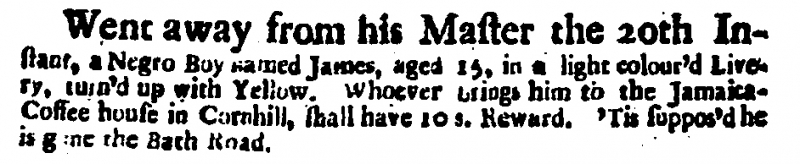
Daily Courant, 24 January 1718 (England)
Went away from his Master the 20th Instant, a Negro Boy named James, aged 15, in a light colour’d Livery, turn’d up with Yellow. Whoever brings him to the Jamaica-Coffee house in Cornhill, shall have 10 s. Reward. ‘Tis suppos’d he is gone the Bath Road.